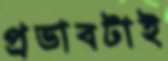
প্রভাবটাই